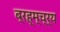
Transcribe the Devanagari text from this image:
ब्रह्म्च्र्य